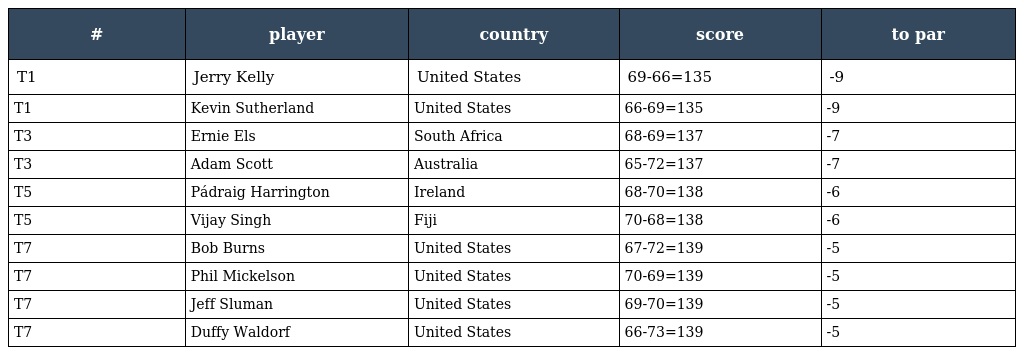
| # | player | country | score | to par |
 | --- | --- | --- | --- | --- |
 | T1 | Jerry Kelly | United States | 69-66=135 | -9 |
 | T1 | Kevin Sutherland | United States | 66-69=135 | -9 |
 | T3 | Ernie Els | South Africa | 68-69=137 | -7 |
 | T3 | Adam Scott | Australia | 65-72=137 | -7 |
 | T5 | Pádraig Harrington | Ireland | 68-70=138 | -6 |
 | T5 | Vijay Singh | Fiji | 70-68=138 | -6 |
 | T7 | Bob Burns | United States | 67-72=139 | -5 |
 | T7 | Phil Mickelson | United States | 70-69=139 | -5 |
 | T7 | Jeff Sluman | United States | 69-70=139 | -5 |
 | T7 | Duffy Waldorf | United States | 66-73=139 | -5 |